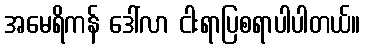
အမေရိကန် ဒေါ်လာ ငါးရာပြစရာပါပါတယ်။